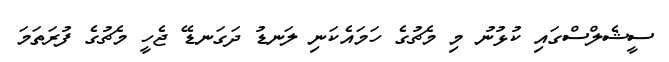
ސީޝެލްސްގައި ކުޅުނު މި މެޗުގެ ހަމައެކަނި ލަނޑު ދަގަނޑޭ ޖެހީ މެޗުގެ ފުރަތަމަ